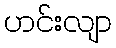
ဟင်းလျာ